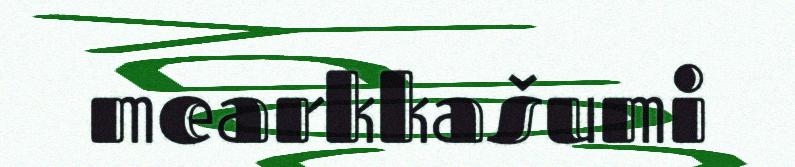
mearkkašumi